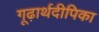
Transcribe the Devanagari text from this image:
गूढ़ार्थदीपिका